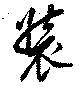
裝